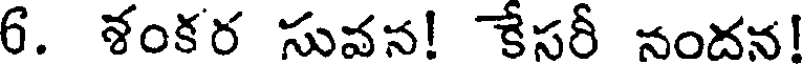
6. శంకర సువన! కేసరీ నందన!